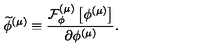
\widetilde { \phi } ^ { \left( \mu \right) } \equiv \frac { { \cal F } _ { \phi } ^ { \left( \mu \right) } \left[ \phi ^ { \left( \mu \right) } \right] } { \partial \phi ^ { \left( \mu \right) } } .